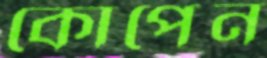
কোপেন